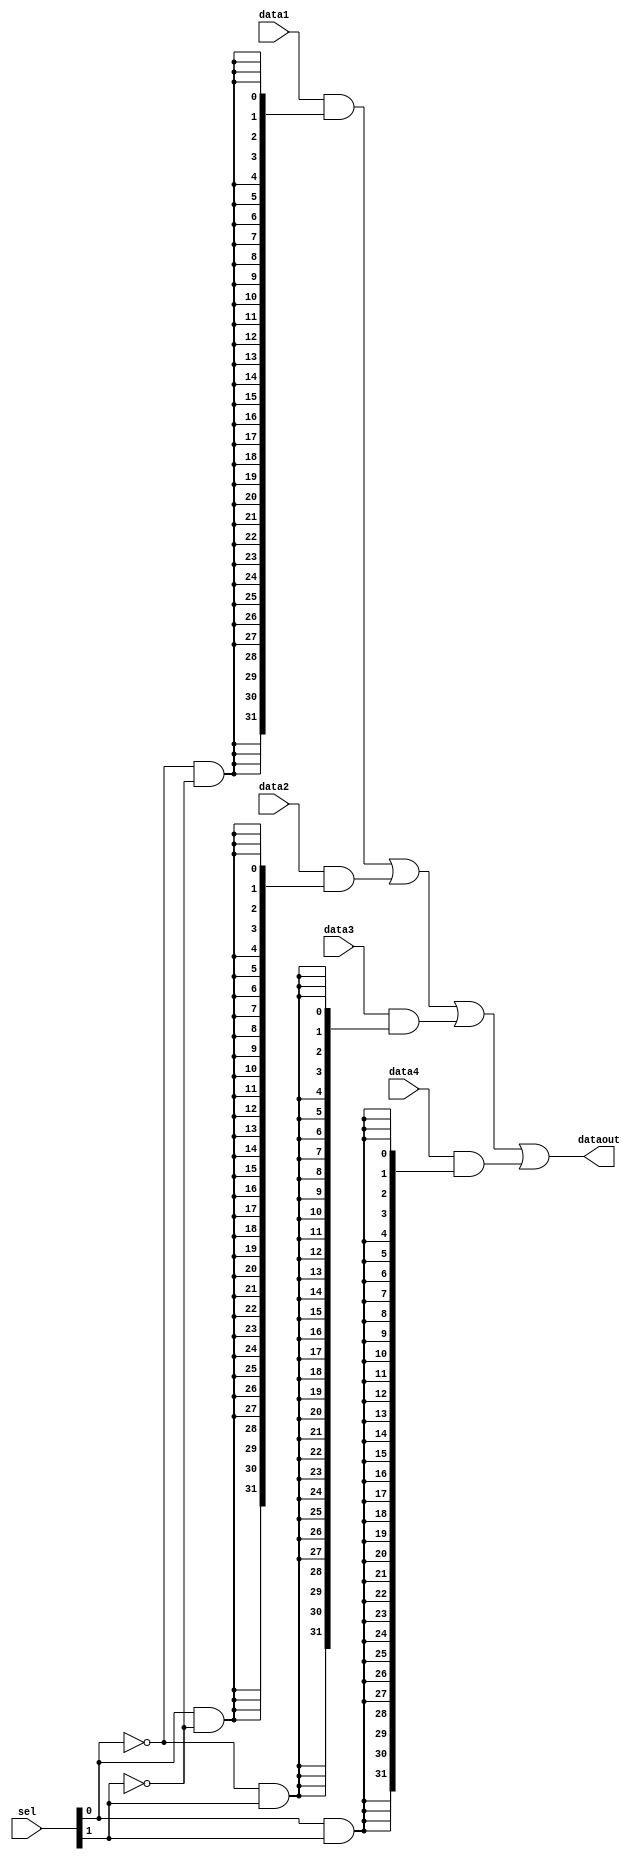
module mux4x32(data1,data2,data3,data4,sel,dataout);
	input [31:0] data1,data2,data3,data4;
	input [1:0] sel;
	output [31:0] dataout;
	
	assign dataout=(data1&{32{!sel[0]&!sel[1]}})
			|(data2&{32{sel[0]&!sel[1]}})
			|(data3&{32{!sel[0]&sel[1]}})
			|(data4&{32{sel[0]&sel[1]}});
endmodule
module mux4x5(data1,data2,data3,data4,sel,dataout);
	input [4:0] data1,data2,data3,data4;
	input [1:0] sel;
	output [4:0] dataout;
	
	assign dataout=(data1&{5{!sel[0]&!sel[1]}})
			|(data2&{5{sel[0]&!sel[1]}})
			|(data3&{5{!sel[0]&sel[1]}})
			|(data4&{5{sel[0]&sel[1]}});
endmodule
module mux2x5(data1,data2,sel,dataout);
	input [4:0] data1,data2;
	input sel;
	output [4:0] dataout;

	assign dataout=(data1&{5{!sel}})
			|(data2&{5{sel}});
endmodule
module mux2x32(data1,data2,sel,dataout);
	input [31:0] data1,data2;
	input sel;
	output [31:0] dataout;

	assign dataout=(data1&{32{!sel}})
			|(data2&{32{sel}});
endmodule